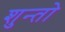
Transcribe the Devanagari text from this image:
शुन्तो